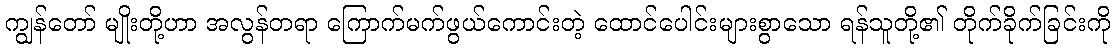
ကျွန်တော် မျိုးတို့ဟာ အလွန်တရာ ကြောက်မက်ဖွယ်ကောင်းတဲ့ ထောင်ပေါင်းများစွာသော ရန်သူတို့၏ တိုက်ခိုက်ခြင်းကို